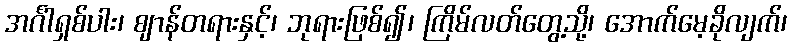
အင်္ဂါရှစ်ပါး၊ ဈာန်တရားနှင့်၊ ဘုရားဖြစ်၍၊ ကြိမ်လတ်တွေ့သို့၊ အောက်မေ့ခိုလျက်၊